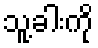
သူ့ခါးကို